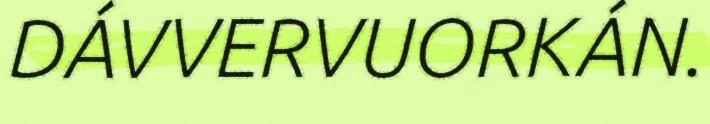
DÁVVERVUORKÁN.